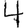
Digit: 4